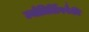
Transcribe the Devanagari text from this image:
ज्योतिर्लिंगपैकी